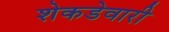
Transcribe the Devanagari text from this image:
शेकडेवारी